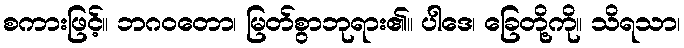
စကားဖြင့်။ ဘဂဝတော၊ မြတ်စွာဘုရား၏။ ပါဒေ၊ ခြေတို့ကို။ သိရသာ၊